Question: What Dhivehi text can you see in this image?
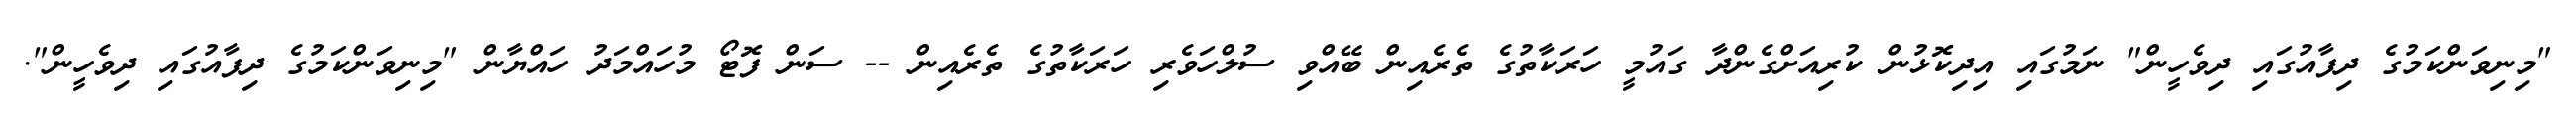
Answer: "މިނިވަންކަމުގެ ދިފާއުގައި ދިވެހީން" ނަމުގައި އިދިކޮޅުން ކުރިއަށްގެންދާ ގައުމީ ހަރަކާތުގެ ތެރެއިން ބޭއްވި ސުލްހަވެރި ހަރަކާތުގެ ތެރެއިން -- ސަން ފޮޓޯ މުހައްމަދު ހައްޔާން "މިނިވަންކަމުގެ ދިފާއުގައި ދިވެހީން".